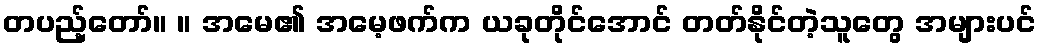
တပည့်တော်။ ။ အမေ၏ အမေ့ဖက်က ယခုတိုင်အောင် တတ်နိုင်တဲ့သူတွေ အများပင်